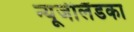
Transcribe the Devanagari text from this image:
न्यूजीलैंडका